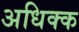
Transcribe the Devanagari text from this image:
अधिक्क